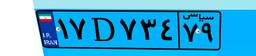
۹۳D۳۳۰۱۲